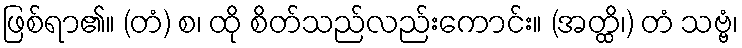
ဖြစ်ရာ၏။ (တံ) စ၊ ထို စိတ်သည်လည်းကောင်း။ (အတ္ထိ၊) တံ သဗ္ဗံ၊